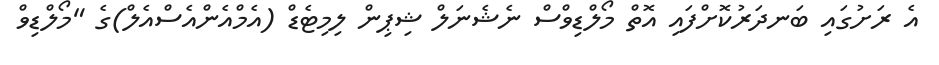
އެ ރަށުގައި ބަނދަރުކޮށްފައި އޮތް މޯލްޑިވްސް ނެޝެނަލް ޝިޕިން ލިމިޓެޑް (އެމްއެންއެސްއެލް)ގެ "މޯލްޑިވް